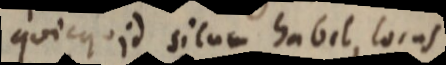
quicquid situm habit, locus